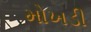
મોખડી